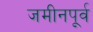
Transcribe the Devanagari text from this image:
जमीनपूर्व